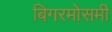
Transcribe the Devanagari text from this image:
बिगरमोसमी